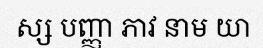
ស្ស បញ្ញា ភាវ នាម យា